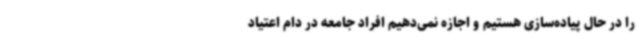
را در حال پیاده‌سازی هستیم و اجازه نمی‌دهیم افراد جامعه در دام اعتیاد